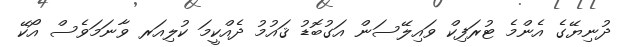
ދުނިޔޭގެ އެންމެ ޓުރަފިކް ވައިލޭސަން އަގުބޮޑު ޤައުމު ދެއްކީމަ ކުލިއަރ ވާނަމަވެސް އޯކޭ